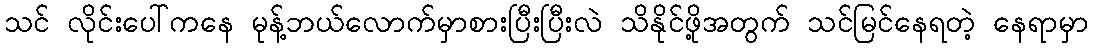
သင် လိုင်းပေါ်ကနေ မုန့်ဘယ်လောက်မှာစားပြီးပြီးလဲ သိနိုင်ဖို့အတွက် သင်မြင်နေရတဲ့ နေရာမှာ